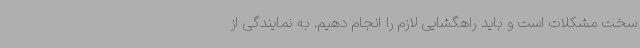
سخت مشکلات است و باید راهگشایی لازم را انجام دهیم. به نمایندگی از